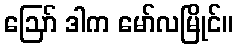
ဪ ဒါက မော်လမြိုင်။